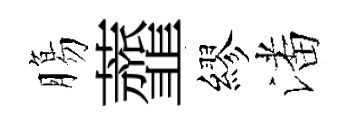
膓虀繆潘